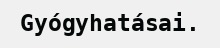
Gyógyhatásai.